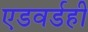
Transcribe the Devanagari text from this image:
एडवर्डही